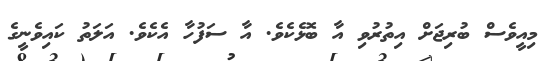
މިއީވެސް ބުރިޖަށް އިތުރުވި އާ ބޮޅެކެވެ. އާ ސަފުހާ އެކެވެ. އަލަތު ކައިވެނީގެ